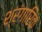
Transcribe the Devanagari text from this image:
श्रंगारिक